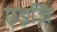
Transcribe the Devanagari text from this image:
एइजि